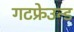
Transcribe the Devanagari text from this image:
गटफ्रेउन्ड